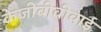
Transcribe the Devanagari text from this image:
केजीबीवीवाई